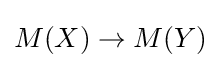
M(X)\to M(Y)